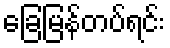
ခြေမြန်တပ်ရင်း